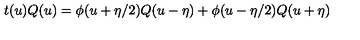
t ( u ) Q ( u ) = \phi ( u + \eta / 2 ) Q ( u - \eta ) + \phi ( u - \eta / 2 ) Q ( u + \eta )